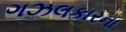
ગઝલકારના